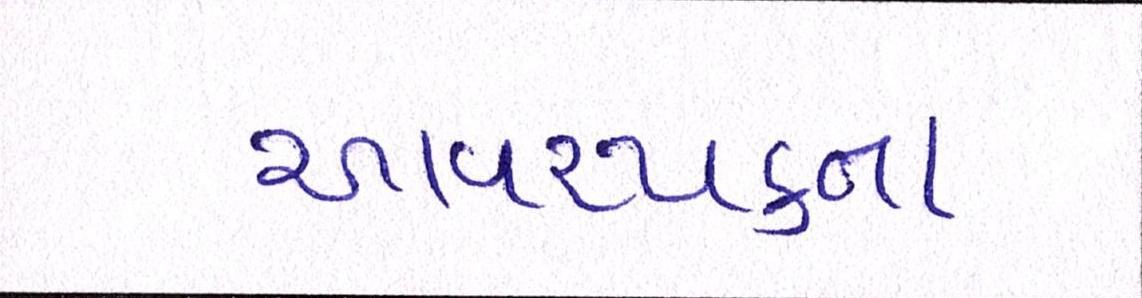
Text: આવશ્યકતા